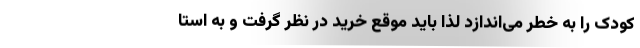
کودک را به خطر می‌اندازد لذا باید موقع خرید در نظر گرفت و به استا